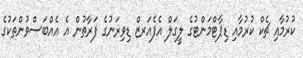
ކުރުމާއި ޗެކް ކުރުމާއި ޑިޕާޓްމަންޓުގެ ލީގަލް އެފެއަރޒް ޑިވިޜަނުގެ ފަރާތުން އެ އެއްބަސްވުންތަކުގެ